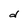
Character: d